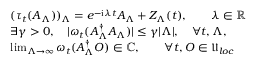
\begin{array} { r l } & { ( \tau _ { t } ( A _ { \Lambda } ) ) _ { \Lambda } = e ^ { - \mathrm { i } \lambda t } A _ { \Lambda } + Z _ { \Lambda } ( t ) , \qquad \lambda \in \mathbb { R } } \\ & { \exists \gamma > 0 , \quad | \omega _ { t } ( A _ { \Lambda } ^ { \dagger } A _ { \Lambda } ) | \le \gamma | \Lambda | , \quad \forall t , \Lambda , } \\ & { \operatorname* { l i m } _ { \Lambda \to \infty } \omega _ { t } ( A _ { \Lambda } ^ { \dagger } O ) \in \mathbb { C } , \qquad \forall t , O \in \mathfrak { U } _ { l o c } } \end{array}